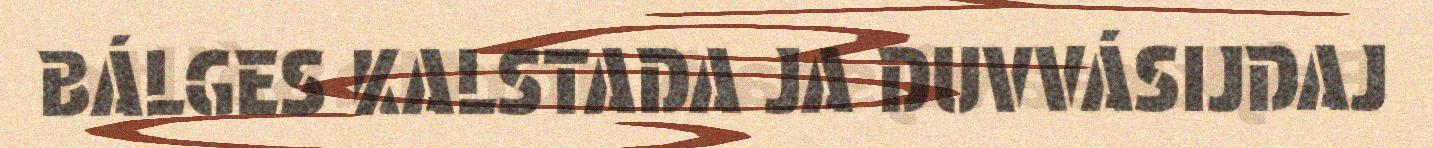
BÁLGES KALSTADA JA DUVVÁSIJDAJ